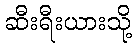
ဆီးရီးယားသို့